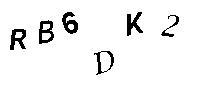
RB6DK2